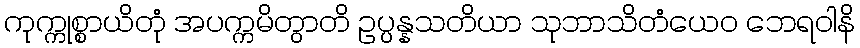
ကုက္ကုစ္စာယိတုံ အပက္ကမိတွာတိ ဥပ္ပန္နသတိယာ သုဘာသိတံယေဝ ဘေရဝါနိ